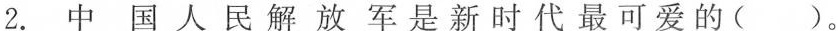
2.中国人民解放军是新时代最可爱的( ）。